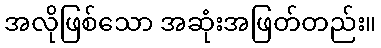
အလိုဖြစ်သော အဆုံးအဖြတ်တည်း။